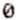
0